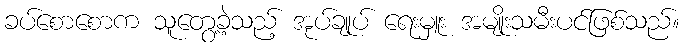
ခပ်စောစောက သူတွေ့ခဲ့သည့် အုပ်ချုပ် ရေးမှူး အမျိုးသမီးပင်ဖြစ်သည်။